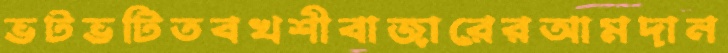
ভটভটিতবখশীবাজারেরআমদান